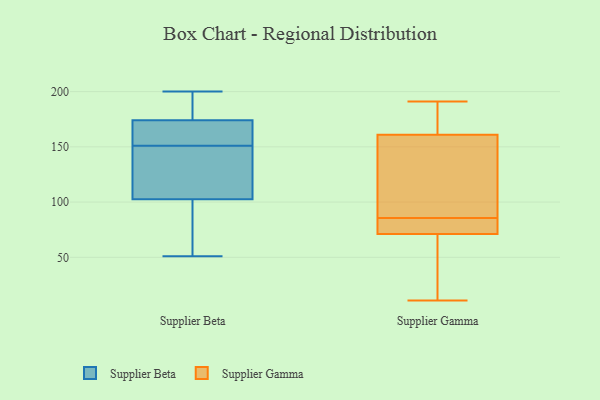
{"axis": {"x": "Humidity (%)", "y": "Value"}, "legend": ["Supplier Beta", "Supplier Gamma"], "data": [{"x": "", "y": 200, "type": "Supplier Beta"}, {"x": "", "y": 119, "type": "Supplier Beta"}, {"x": "", "y": 169, "type": "Supplier Beta"}, {"x": "", "y": 101, "type": "Supplier Beta"}, {"x": "", "y": 195, "type": "Supplier Beta"}, {"x": "", "y": 174, "type": "Supplier Beta"}, {"x": "", "y": 59, "type": "Supplier Beta"}, {"x": "", "y": 103, "type": "Supplier Beta"}, {"x": "", "y": 51, "type": "Supplier Beta"}, {"x": "", "y": 72, "type": "Supplier Beta"}, {"x": "", "y": 183, "type": "Supplier Beta"}, {"x": "", "y": 171, "type": "Supplier Beta"}, {"x": "", "y": 162, "type": "Supplier Beta"}, {"x": "", "y": 151, "type": "Supplier Beta"}, {"x": "", "y": 105, "type": "Supplier Beta"}, {"x": "", "y": 174, "type": "Supplier Beta"}, {"x": "", "y": 117, "type": "Supplier Beta"}, {"x": "", "y": 96, "type": "Supplier Gamma"}, {"x": "", "y": 161, "type": "Supplier Gamma"}, {"x": "", "y": 69, "type": "Supplier Gamma"}, {"x": "", "y": 179, "type": "Supplier Gamma"}, {"x": "", "y": 88, "type": "Supplier Gamma"}, {"x": "", "y": 191, "type": "Supplier Gamma"}, {"x": "", "y": 83, "type": "Supplier Gamma"}, {"x": "", "y": 11, "type": "Supplier Gamma"}, {"x": "", "y": 78, "type": "Supplier Gamma"}, {"x": "", "y": 71, "type": "Supplier Gamma"}]}